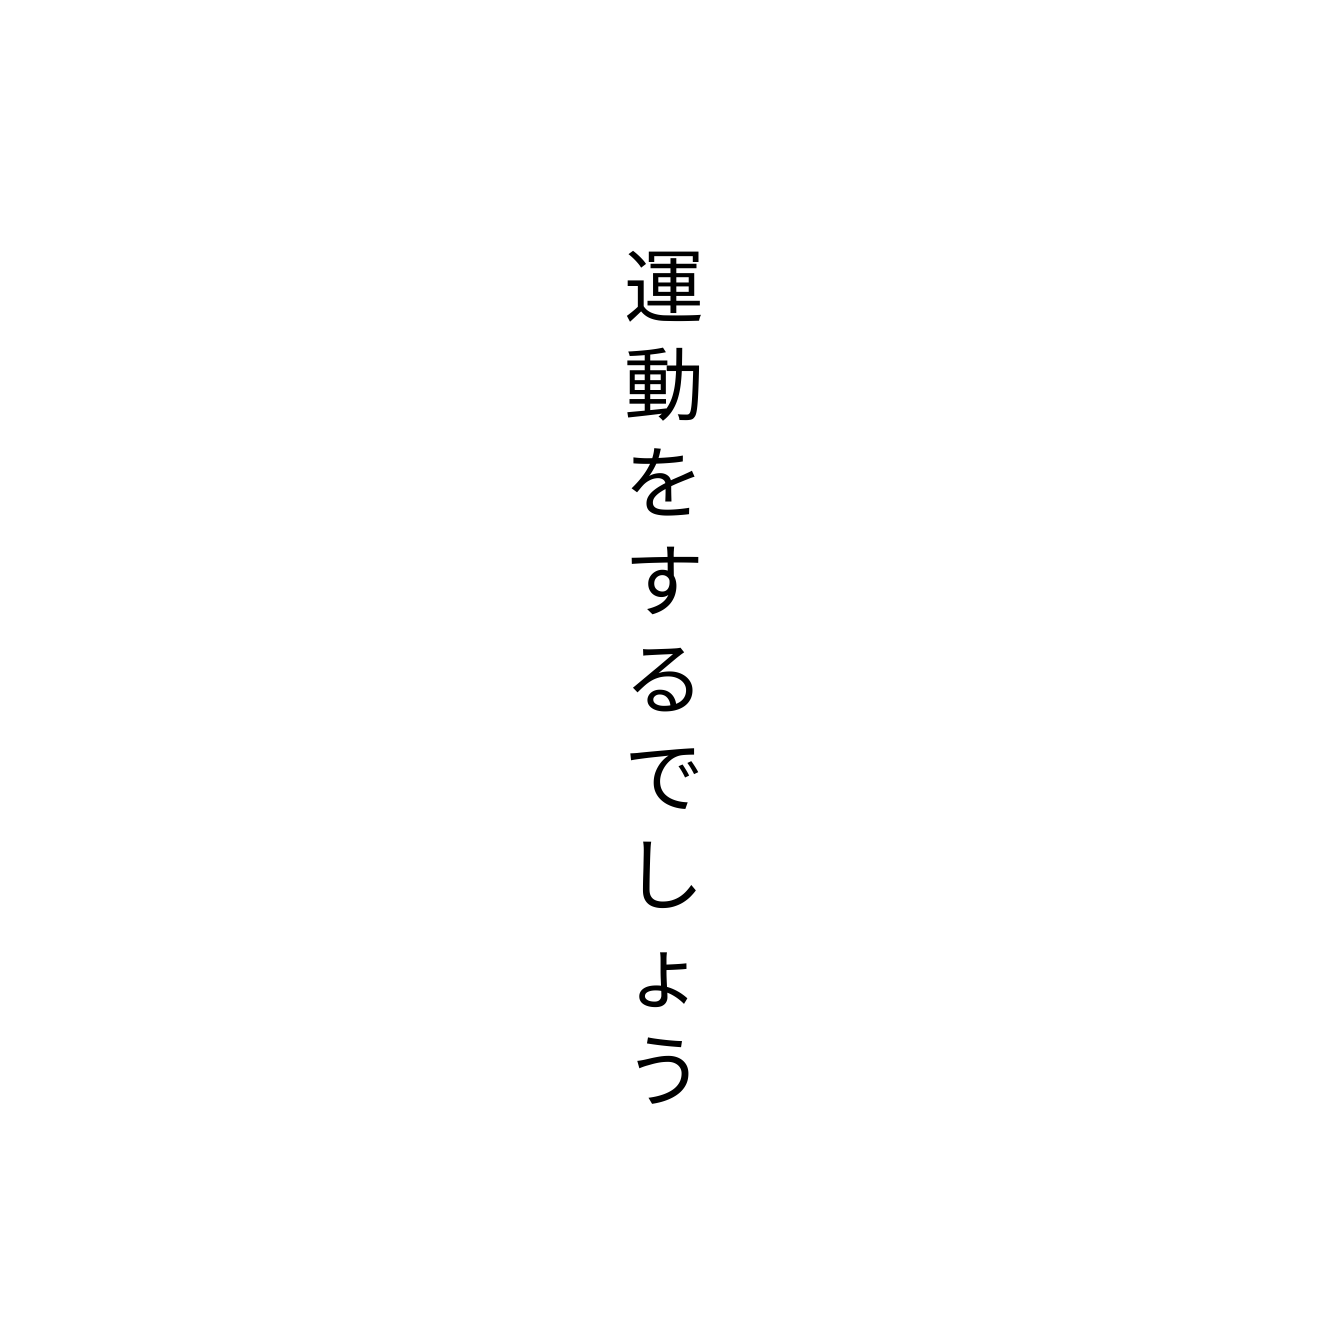
運動をするでしょう